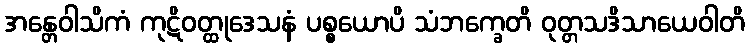
အန္တေဝါသိကံ ကုဋိဝတ္ထုဒေသနံ ပစ္စယောပိ သံဘက္ခေတိ ဝုတ္တသဒိသာယေဝါတိ